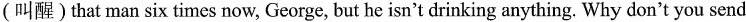
(叫醒)that man six times now, George, but he isn't drinking anything. Why don't you send